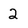
Character: 2